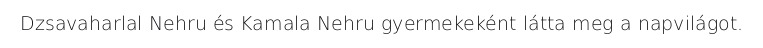
Dzsavaharlal Nehru és Kamala Nehru gyermekeként látta meg a napvilágot.